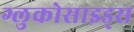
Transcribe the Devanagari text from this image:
ग्लुकोसाइड्‌स